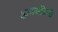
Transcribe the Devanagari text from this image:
अगस्टीनो